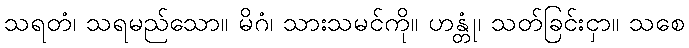
သရတံ၊ သရမည်သော။ မိဂံ၊ သားသမင်ကို။ ဟန္တုံ၊ သတ်ခြင်းငှာ။ သစေ